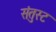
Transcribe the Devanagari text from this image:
संतुस्ट